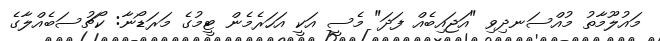
މައުލޫމާތު މުއްސަނދިވި "އަޖައިބެއް ފަދަ" މެސީ އަކީ އަހަރެމެން ޓީމުގެ މަރަޑޯނާ: ކޯޗުސަބެއްލާގެ